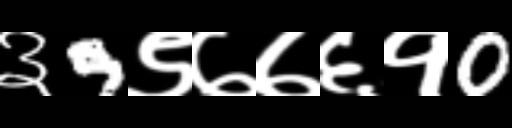
Text: ३9९७७६१0